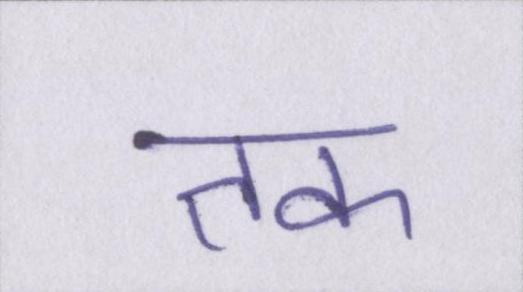
तक